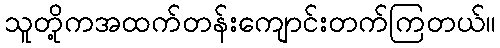
သူတို့ကအထက်တန်းကျောင်းတက်ကြတယ်။